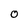
Character: O